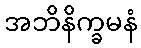
အဘိနိက္ခမနံ